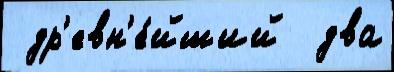
 др'евн'е́йший  два